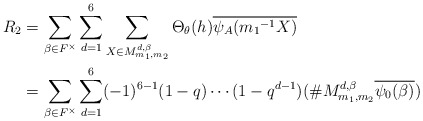
\begin{align*} R_2 &=\sum_{\beta \in F^{\times}}\sum_{d=1}^{6}\sum_{X \in M_{m_{1},m_{2}}^{ d,\beta}}\Theta_{\theta}(h)\overline{\psi_A({m_1}^{-1}X)}\\ &=\sum_{\beta \in F^{\times}} \sum_{d=1}^{6}(-1)^{6-1}(1-q) \cdots (1-q^{d-1})(\# M_{m_{1},m_{2}}^{ d,\beta}\overline{\psi_0(\beta)}) \end{align*}